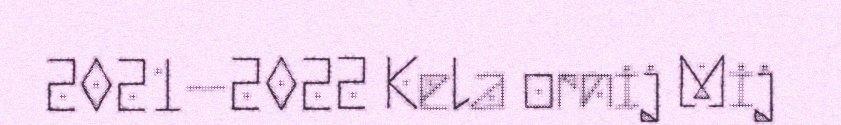
2021–2022 Kela ornij Mij